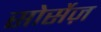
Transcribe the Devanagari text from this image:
सोर्सेज़